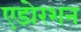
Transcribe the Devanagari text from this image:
एडोरशन